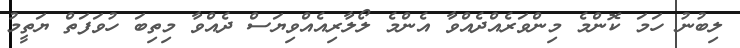
ލިބުނު ހަމަ ކޮންމެ މިންވަރެއްދެއްވާ އެންމެ ލޯލާރިއެއްވިޔަސް ދެއްވާ މިތިބަ ހުވަފަތް ޔަތީމު